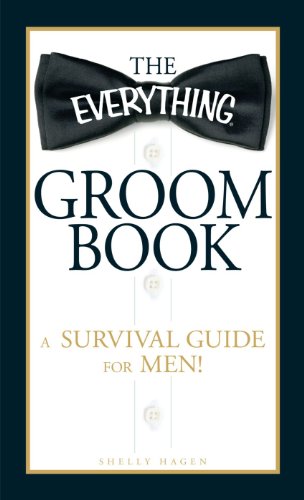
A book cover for The Everything Groom Book: A survival guide for men!; Shelly Hagen; Crafts, Hobbies & Home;